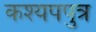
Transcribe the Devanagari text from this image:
कश्यपपुत्र